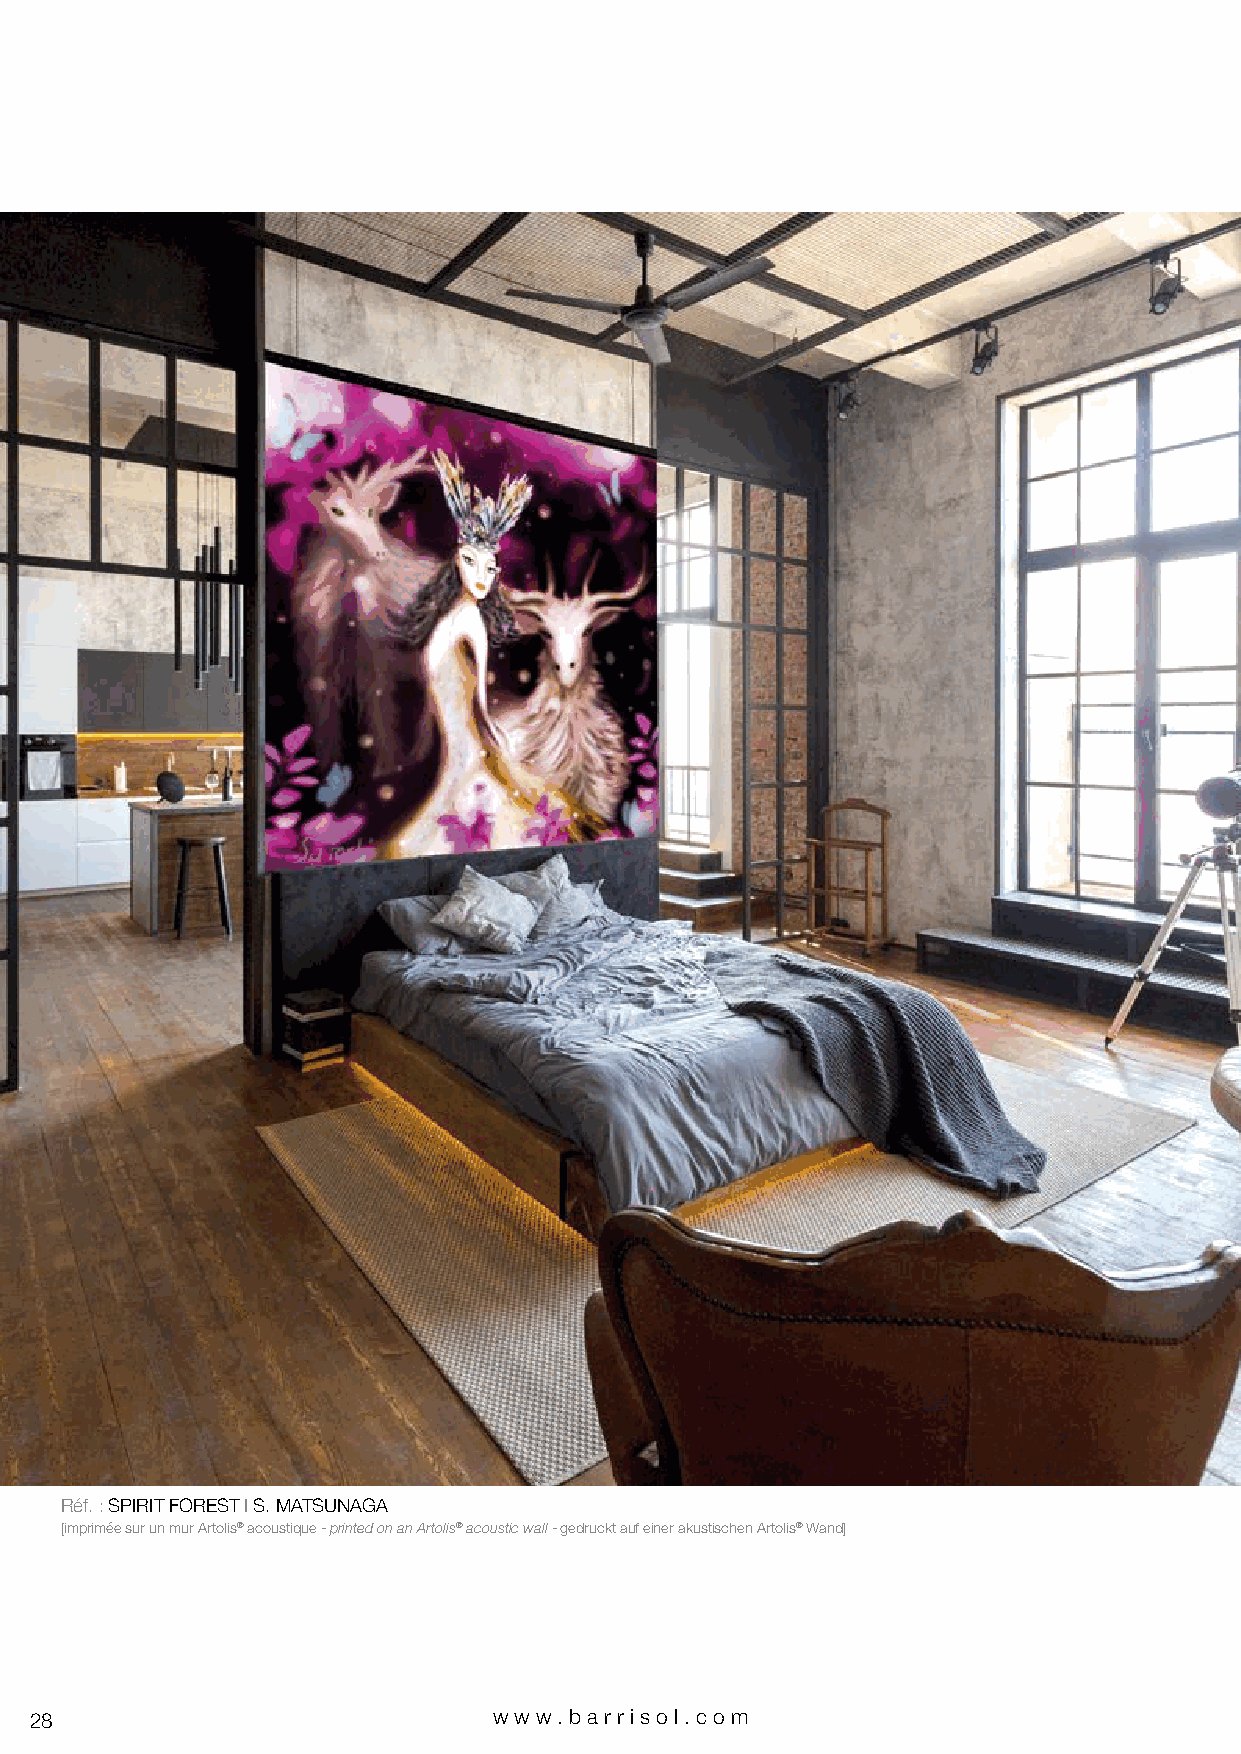
Réf. : SPIRIT FOREST I S. MATSUNAGA
 [imprimée sur un mur Artolis® acoustique - printed on an Artolis® acoustic wall - gedruckt auf einer akustischen Artolis® Wand]
 28                             www.bar riso l. com